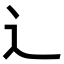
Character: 辶